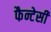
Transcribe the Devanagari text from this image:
फैन्टेसी